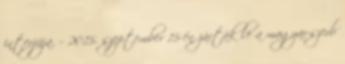
interjúja. – 2015. szeptember 15-én zárták le a magyar-szerb